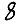
Digit: 8